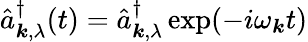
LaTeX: \hat{a}_{\boldsymbol{k},\lambda}^{\dagger}(t)=\hat{a}_{\boldsymbol{k},\lambda}^{\dagger}\exp(-i\omega_{\boldsymbol{k}}t)